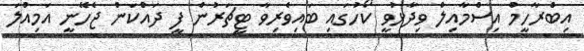
އިބްރާހީމް އިސްމާއިލް ވިދާޅުވީ ކޯހުގައި ބައިވެރިވާ ޓީޗަރުން ފީ ދައްކަން ޖެހޭނީ އަމިއްލަ